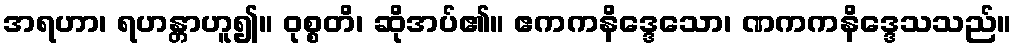
အရဟာ၊ ရဟန္တာဟူ၍။ ဝုစ္စတိ၊ ဆိုအပ်၏။ ဧကကနိဒ္ဒေသော၊ ဏကကနိဒ္ဒေသသည်။